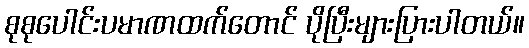
စုစုပေါင်းပမာဏထက်တောင် ပိုပြီးများပြားပါတယ်။